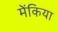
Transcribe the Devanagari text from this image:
मेंकिया